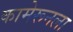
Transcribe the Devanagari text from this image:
कामेरूनला